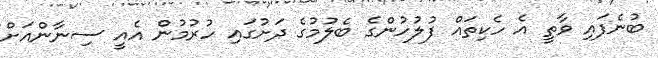
ބުނެފައި ވާތީ އެ ހެކިތައް ފުލުހުންގެ ބެލުމުގެ ދަށުގައި ހުރުމުން އެއީ ސިނާންއަށް